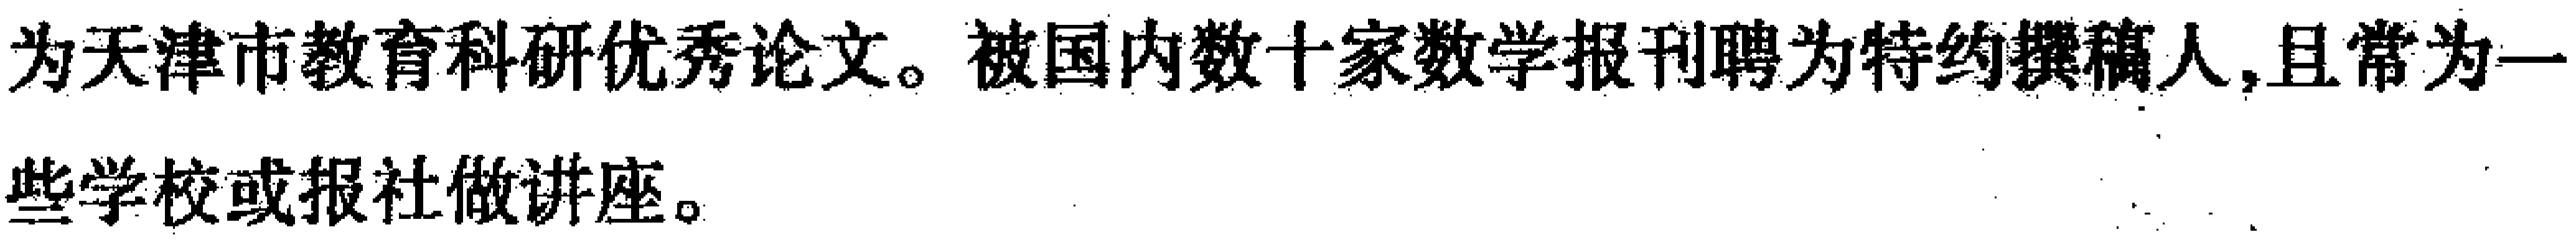
为天津市教育科研优秀论文。被国内数十家数学报刊聘为特约撰稿人,且常为一些学校或报社做讲座。